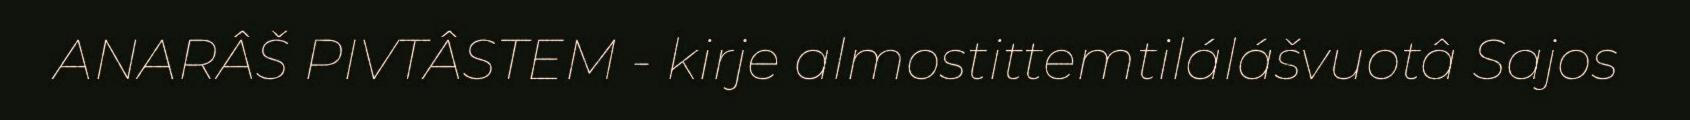
ANARÂŠ PIVTÂSTEM - kirje almostittemtilálášvuotâ Sajos